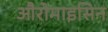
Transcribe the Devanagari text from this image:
औरोमाइसिन